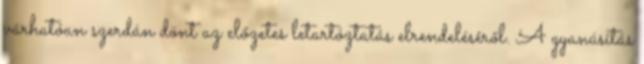
várhatóan szerdán dönt az előzetes letartóztatás elrendeléséről. A gyanúsítás